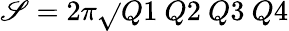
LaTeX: \mathscr{S}=2\pi\sqrt{}{{Q1~Q2~Q3~Q4}}